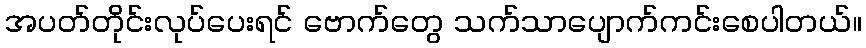
အပတ်တိုင်းလုပ်ပေးရင် ဗောက်တွေ သက်သာပျောက်ကင်းစေပါတယ်။